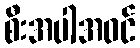
စီးအပါအဝင်